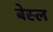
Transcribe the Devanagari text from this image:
बेस्ल